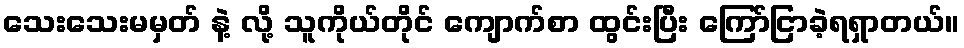
သေးသေးမမှတ် နဲ့ လို့ သူကိုယ်တိုင် ကျောက်စာ ထွင်းပြီး ကြော်ငြာခဲ့ရရှာတယ်။